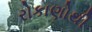
રોકાણોથી